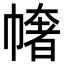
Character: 𢄳